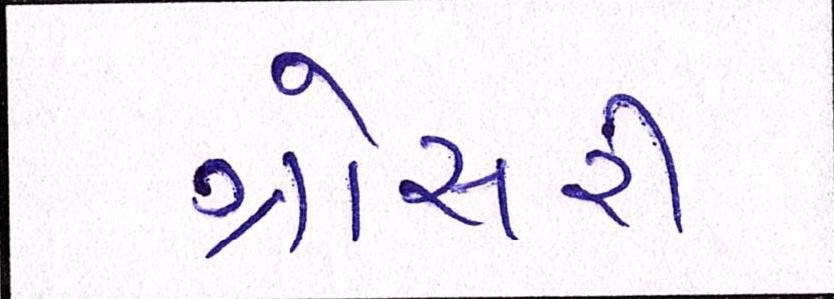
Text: ગ્રોસરી